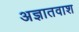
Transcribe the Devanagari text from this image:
अज्ञातवाश